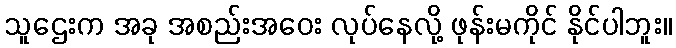
သူဌေးက အခု အစည်းအဝေး လုပ်နေလို့ ဖုန်းမကိုင် နိုင်ပါဘူး။